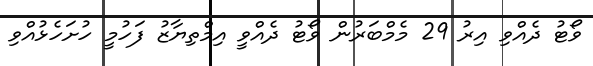
ވޯޓު ދެއްވި އިރު 29 މެމްބަރުން ވޯޓު ދެއްވީ އިމްތިޔާޒު ފަހުމީ ހުށަހެޅުއްވި